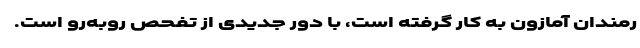
رمندان آمازون به کار گرفته است، با دور جدیدی از تفحص روبه‌رو است.